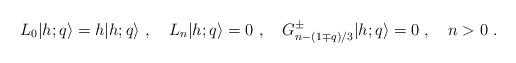
\begin{align*}L_0\vert{h;q}\rangle=h\vert{h;q}\rangle{}~,{}~{}~{}~L_n\vert{h;q}\rangle=0{}~,{}~{}~{}~G^{\pm} _{n-(1\mp q)/3}\vert{h;q}\rangle=0{}~,{}~{}~{}~n>0{}~.\end{align*}